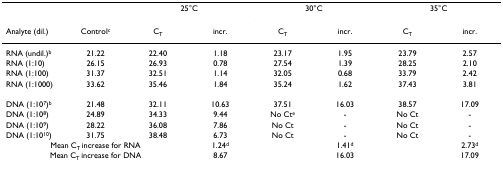
<table><thead><tr><td></td><td></td><td colspan="2"><b>25°C</b></td><td colspan="2"><b>30°C</b></td><td colspan="2"><b>35°C</b></td></tr><tr><td><b>Analyte (dil.)</b></td><td><b>Control<sup>c</sup></b></td><td><b>C<sub>T</sub></b></td><td><b>incr.</b></td><td><b>C<sub>T</sub></b></td><td><b>incr.</b></td><td><b>C<sub>T</sub></b></td><td><b>incr.</b></td></tr></thead><tbody><tr><td>RNA (undil.)<sup>b</sup></td><td>21.22</td><td>22.40</td><td>1.18</td><td>23.17</td><td>1.95</td><td>23.79</td><td>2.57</td></tr><tr><td>RNA (1:10)</td><td>26.15</td><td>26.93</td><td>0.78</td><td>27.54</td><td>1.39</td><td>28.25</td><td>2.10</td></tr><tr><td>RNA (1:100)</td><td>31.37</td><td>32.51</td><td>1.14</td><td>32.05</td><td>0.68</td><td>33.79</td><td>2.42</td></tr><tr><td>RNA (1:1000)</td><td>33.62</td><td>35.46</td><td>1.84</td><td>35.24</td><td>1.62</td><td>37.43</td><td>3.81</td></tr><tr><td>DNA (1:10<sup>7</sup>)<sup>b</sup></td><td>21.48</td><td>32.11</td><td>10.63</td><td>37.51</td><td>16.03</td><td>38.57</td><td>17.09</td></tr><tr><td>DNA (1:10<sup>8</sup>)</td><td>24.89</td><td>34.33</td><td>9.44</td><td>No Ct<sup>e</sup></td><td>-</td><td>No Ct</td><td>-</td></tr><tr><td>DNA (1:10<sup>9</sup>)</td><td>28.22</td><td>36.08</td><td>7.86</td><td>No Ct</td><td>-</td><td>No Ct</td><td>-</td></tr><tr><td>DNA (1:10<sup>10</sup>)</td><td>31.75</td><td>38.48</td><td>6.73</td><td>No Ct</td><td>-</td><td>No Ct</td><td>-</td></tr><tr><td colspan="3">Mean C<sub>T </sub>increase for RNA</td><td>1.24<sup>d</sup></td><td></td><td>1.41<sup>d</sup></td><td></td><td>2.73<sup>d</sup></td></tr><tr><td colspan="3">Mean C<sub>T </sub>increase for DNA</td><td>8.67</td><td></td><td>16.03</td><td></td><td>17.09</td></tr></tbody></table>